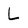
Character: l